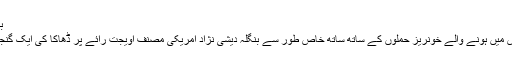
بنگلہ دیش میں انتہا پسندی کے خلاف غم و غصہ پایا جاتا ہے
امریکا کی غیر معمولی تشویش اور غُصے کا سبب بنگلہ دیش میں ہونے والے خونریز حملوں کے ساتھ ساتھ خاص طور سے بنگلہ دیشی نژاد امریکی مصنف اویجت رائے پر ڈھاکا کی ایک گنجان سڑک پر گزشتہ برس فروری میں ہونے والا حملہ بنا تھا۔